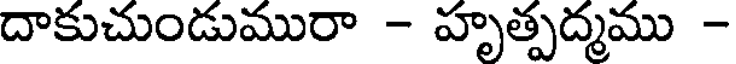
దాకుచుండుమురా - హృత్పద్మము -